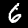
Label: 6